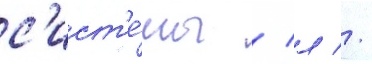
с'ист'е́мы / л //